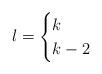
LaTeX: \begin{align*} l = \begin{cases} k & \\ k-2 & \end{cases}\end{align*}